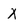
Character: X